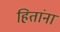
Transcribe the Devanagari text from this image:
हितांना